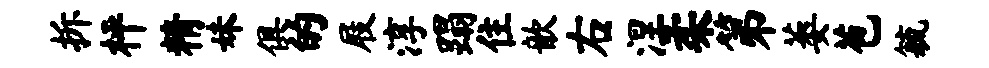
拆枰精妹俱的屐淳蹋住歆右涅柔第萎苞毓